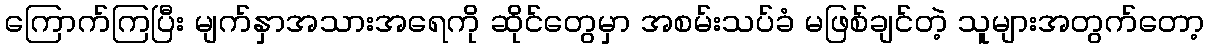
ကြောက်ကြပြီး မျက်နှာအသားအရေကို ဆိုင်တွေမှာ အစမ်းသပ်ခံ မဖြစ်ချင်တဲ့ သူများအတွက်တော့